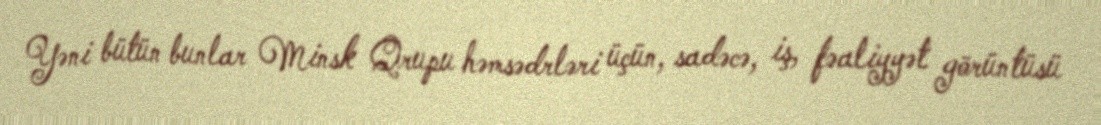
Yəni bütün bunlar Minsk Qrupu həmsədrləri üçün, sadəcə, iş, fəaliyyət görüntüsü